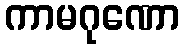
ကာမဂုဏော